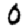
Digit: 0